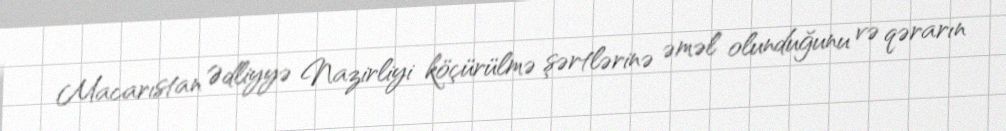
Macarıstan Ədliyyə Nazirliyi köçürülmə şərtlərinə əməl olunduğunu və qərarın